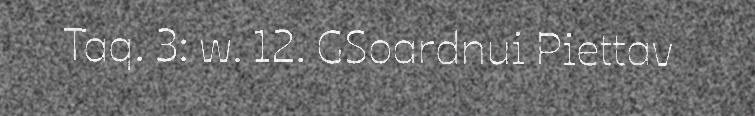
Taq. 3: w. 12. GSoardnui Piettav